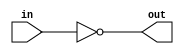
/*

reate your own 2-input Verilog gate called my-not from 2-input
nand gates. Check the functionality of these gates with a stimulusmodule.

*/

module my_not(in,out);

input in;

output out;

nand (out,in);

endmodule